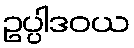
ဥပ္ပါဒဝယ